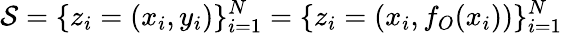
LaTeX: {\cal{S}}=\{ z_{i}=(x_{i},y_{i})\} _{i=1}^{N}=\{ z_{i}=\left(x_{i},f_{O}(x_{i})\right)\} _{i=1}^{N}